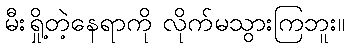
မီးရှို့တဲ့နေရာကို လိုက်မသွားကြဘူး။